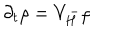
LaTeX: \partial _ { t } \rho = V _ { H } ^ { - } \rho